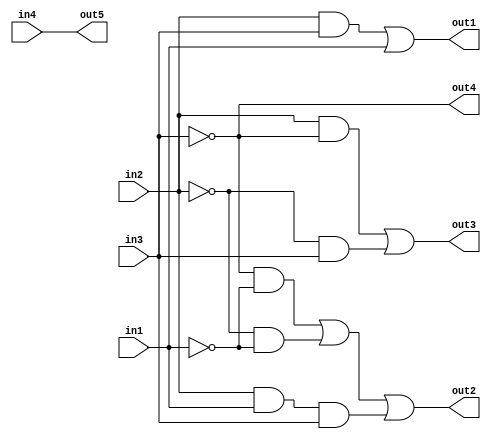
module Part1Design(in1, in2, in3, in4, out1, out2, out3, out4, out5);

	input in1, in2, in3, in4;
	output out1, out2, out3, out4, out5;
	
	wire in1, in2, in3, in4, in5, out1, out2, out3, out4, out5;
	wire and1out, and2out, and3out, and4out, and5out, and6out, and7out;
	wire not1out, not2out, not3out;
	wire or1out, or2out, or3out, or4out;
	
	and and1(and1out, in2, in3);
	and and2(and2out, not2out, not1out);
	and and3(and3out, not3out, not1out);
	and and4(and4out, in2, in1);
	and and5(and5out, and4out, in3);
	and and6(and6out, in2, not3out);
	and and7(and7out, not2out, in3);
	
	not not1(not1out, in1);
	not not2(not2out, in2);
	not not3(not3out, in3);
	
	or or1(out1, and1out, in1);
	or or2(or2out, and3out, and2out);
	or or3(out2, or2out, and5out);
	or or4(out3, and6out, and7out);
	
	assign out4 = not3out;
	assign out5 = in4;
	
	endmodule